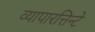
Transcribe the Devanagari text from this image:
व्यापारत्तिन्टे